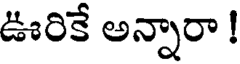
ఊరికే అన్నారా !